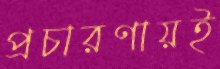
প্রচারণায়ই